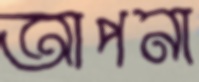
আপনা